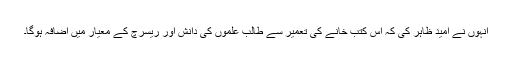
انہوں نے امید ظاہر کی کہ اس کتب خانے کی تعمیر سے طالب علموں کی دانش اور ریسرچ کے معیار میں اضافہ ہوگا۔